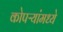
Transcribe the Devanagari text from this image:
कोपऱ्यांमध्ये